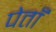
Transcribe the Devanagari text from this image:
पेताँ